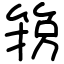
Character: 箉